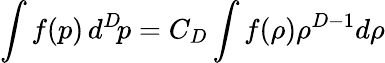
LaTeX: \int f(p)\, d^{D}\! p=C_{D}\int f(\rho)\rho^{D-1}d\rho